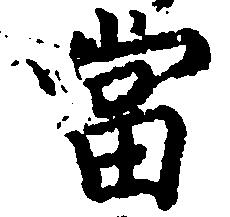
当